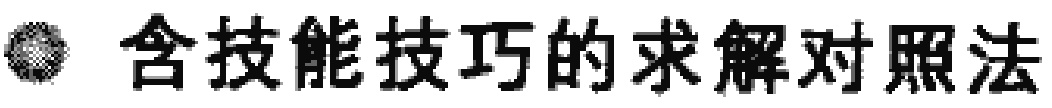
含技能技巧的求解对照法